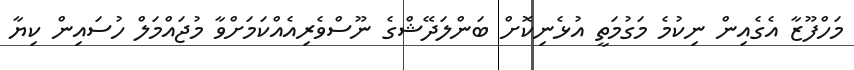
މަހްފޫޒާ އެގެއިން ނިކުމެ މަގުމަތީ އުޅެނިކޮށް ބަންލަދޭޝްގެ ނޫސްވެރިއެއްކަމަށްވާ މުޖައްމަލް ހުސައިން ކިޔާ